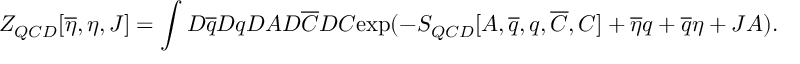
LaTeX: Z _ { Q C D } [ \overline { { { \eta } } } , \eta , J ] = \int { D } \overline { { { q } } } { D } q { D } A { D } \overline { { { C } } } { D } C \mathrm { e x p } ( - S _ { Q C D } [ A , \overline { { { q } } } , q , \overline { { { C } } } , C ] + \overline { { { \eta } } } q + \overline { { { q } } } \eta + J A ) .